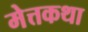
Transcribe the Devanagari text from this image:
मेत्तकथा